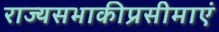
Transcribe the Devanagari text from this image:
राज्यसभाकीप्रसीमाएं